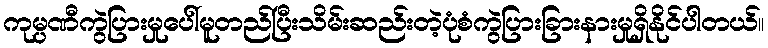
ကုမ္ပဏီကွဲပြားမှုပေါ်မူတည်ပြီးသိမ်းဆည်းတဲ့ပုံစံကွဲပြားခြားနားမှုရှိနိုင်ပါတယ်။